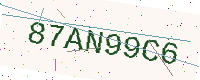
Text: 87AN99C6